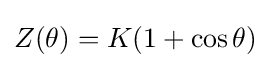
Z(\theta )=K(1+\cos \theta )